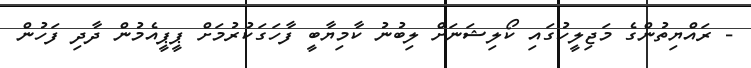
- ރައްޔިތުންގެ މަޖިލީހުގައި ކޯލިޝަނަށް ލިބުނު ކާމިޔާބީ ފާހަގަކުރުމަށް ޕީޕީއެމުން ދާދި ފަހުން